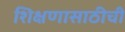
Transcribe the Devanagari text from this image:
शिक्षणासाठीची